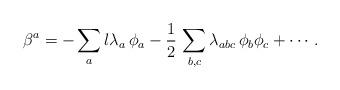
LaTeX: \begin{align*}\beta^a=-\sum_a l\lambda_a\,\phi_a -\frac{1}{2}\,\sum_{b,c}\lambda_{abc}\,\phi_b \phi_c+\cdots.\end{align*}